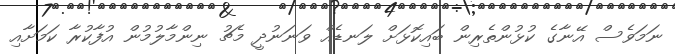
ނަމަވެސް އޭނާގެ ކުޅުންތެރިން ބައިކޮޅަށް ލަނޑެއް ވަނަނުދީ މެޗު ނިންމާލުމުން އުފާކުރާ ކަމަށާއި